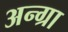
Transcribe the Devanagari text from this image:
अन्ग्रा